画像に写った文字を読んでください
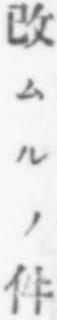
「改ムルノ件」と書いてあります